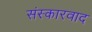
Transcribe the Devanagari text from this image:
संस्कारवाद